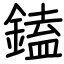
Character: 鎑